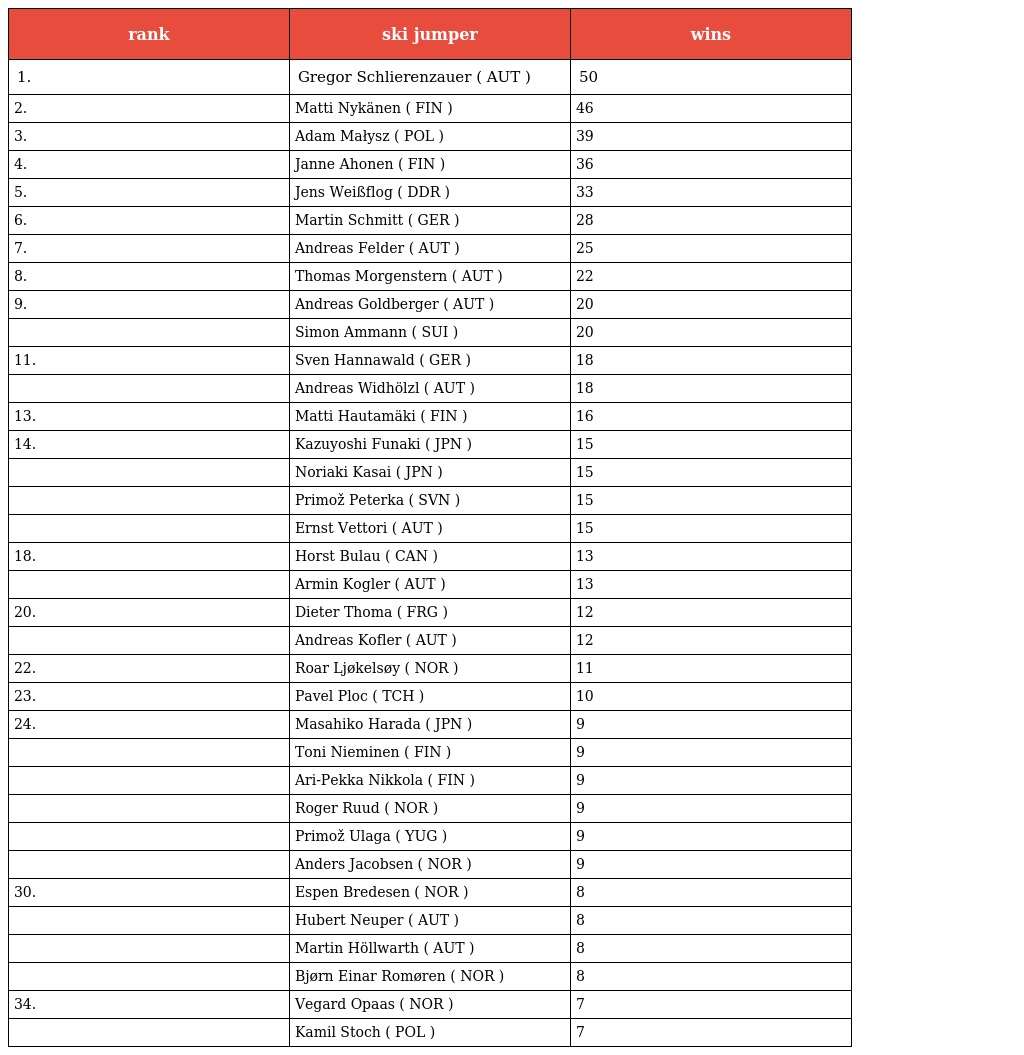
| rank | ski jumper | wins |
 | --- | --- | --- |
 | 1. | Gregor Schlierenzauer ( AUT ) | 50 |
 | 2. | Matti Nykänen ( FIN ) | 46 |
 | 3. | Adam Małysz ( POL ) | 39 |
 | 4. | Janne Ahonen ( FIN ) | 36 |
 | 5. | Jens Weißflog ( DDR ) | 33 |
 | 6. | Martin Schmitt ( GER ) | 28 |
 | 7. | Andreas Felder ( AUT ) | 25 |
 | 8. | Thomas Morgenstern ( AUT ) | 22 |
 | 9. | Andreas Goldberger ( AUT ) | 20 |
 |  | Simon Ammann ( SUI ) | 20 |
 | 11. | Sven Hannawald ( GER ) | 18 |
 |  | Andreas Widhölzl ( AUT ) | 18 |
 | 13. | Matti Hautamäki ( FIN ) | 16 |
 | 14. | Kazuyoshi Funaki ( JPN ) | 15 |
 |  | Noriaki Kasai ( JPN ) | 15 |
 |  | Primož Peterka ( SVN ) | 15 |
 |  | Ernst Vettori ( AUT ) | 15 |
 | 18. | Horst Bulau ( CAN ) | 13 |
 |  | Armin Kogler ( AUT ) | 13 |
 | 20. | Dieter Thoma ( FRG ) | 12 |
 |  | Andreas Kofler ( AUT ) | 12 |
 | 22. | Roar Ljøkelsøy ( NOR ) | 11 |
 | 23. | Pavel Ploc ( TCH ) | 10 |
 | 24. | Masahiko Harada ( JPN ) | 9 |
 |  | Toni Nieminen ( FIN ) | 9 |
 |  | Ari-Pekka Nikkola ( FIN ) | 9 |
 |  | Roger Ruud ( NOR ) | 9 |
 |  | Primož Ulaga ( YUG ) | 9 |
 |  | Anders Jacobsen ( NOR ) | 9 |
 | 30. | Espen Bredesen ( NOR ) | 8 |
 |  | Hubert Neuper ( AUT ) | 8 |
 |  | Martin Höllwarth ( AUT ) | 8 |
 |  | Bjørn Einar Romøren ( NOR ) | 8 |
 | 34. | Vegard Opaas ( NOR ) | 7 |
 |  | Kamil Stoch ( POL ) | 7 |